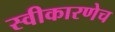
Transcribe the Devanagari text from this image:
स्वीकारणेच